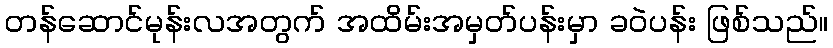
တန်ဆောင်မုန်းလအတွက် အထိမ်းအမှတ်ပန်းမှာ ခဝဲပန်း ဖြစ်သည်။